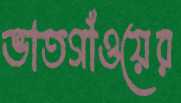
ভাতগাঁওয়ের